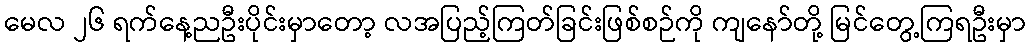
မေလ ၂၆ ရက်နေ့ညဦးပိုင်းမှာတော့ လအပြည့်ကြတ်ခြင်းဖြစ်စဉ်ကို ကျနော်တို့ မြင်တွေ့ကြရဦးမှာ